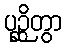
ပုဉ္ဆိတွာ